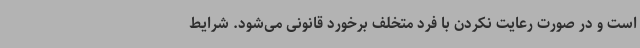
است و در صورت رعایت نکردن با فرد متخلف برخورد قانونی می‌شود. شرایط